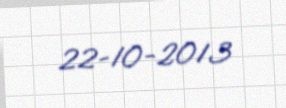
22-10-2013